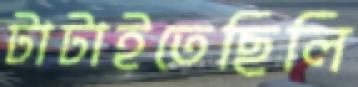
টাটাইতেছিলি